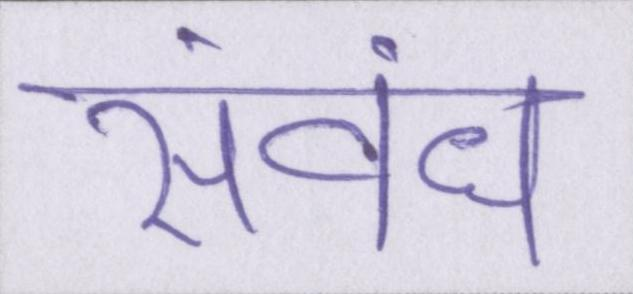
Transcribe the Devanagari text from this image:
संबंध